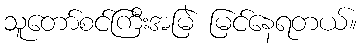
သူတော်စင်ကြီးအမြဲ မြင်နေရတယ်။